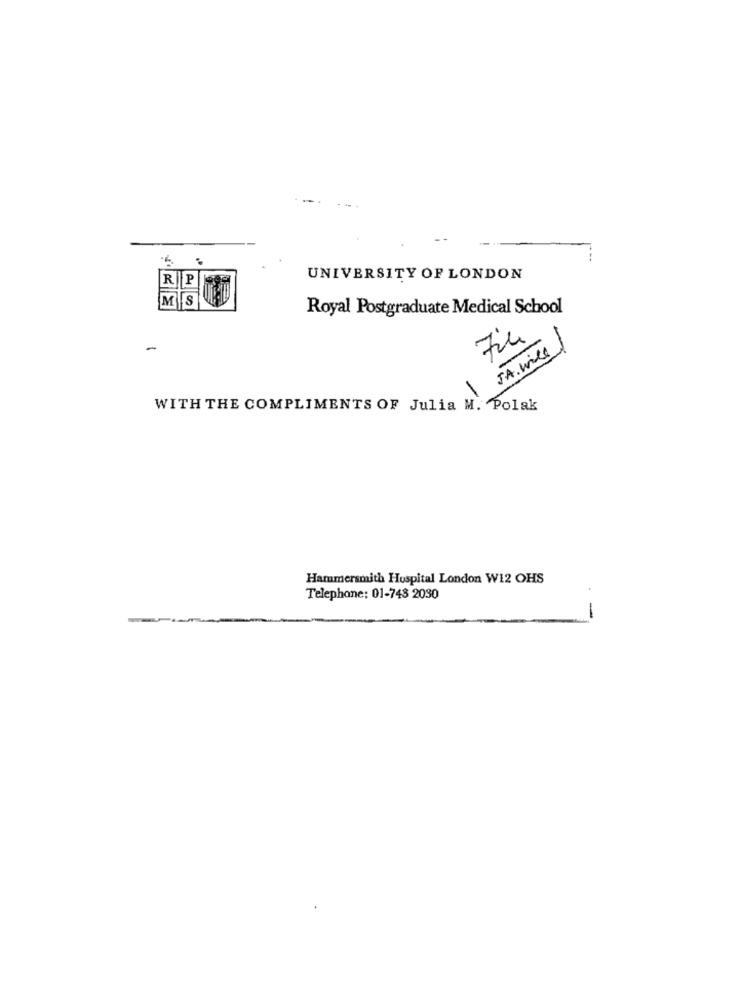
-
R P
UNIVERSITY OF LONDON
M
S
Royal Postgraduate Medical School
74
-
JA . will
1
WITH THE COMPLIMENTS OF Julia M. Polak
Hammersmith Hospital London W12 OHS
Telephone: 01-743 2030
-
-